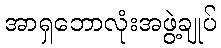
အာရှဘောလုံးအဖွဲ့ချုပ်